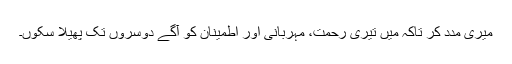
میری مدد کر تاکہ میں تیری رحمت، مہربانی اور اطمینان کو آگے دوسروں تک پھیلا سکوں۔